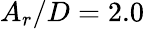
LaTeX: A_{r}/D=2.0